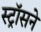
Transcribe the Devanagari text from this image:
स्ट्रॉसने